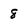
Character: 8